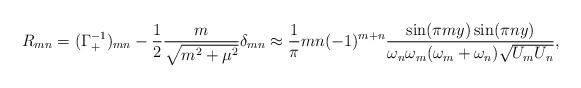
LaTeX: \begin{align*}R_{mn} = (\Gamma_+^{-1})_{mn} -\frac{1}{2} \frac{m}{\sqrt{m^2 + \mu^2}}\delta_{mn}\approx \frac{1}{\pi} m n (-1)^{m + n} \frac{\sin(\pi m y)\sin(\pi n y)}{ \omega_n \omega_m (\omega_m + \omega_n)\sqrt{U_m U_n}},\end{align*}